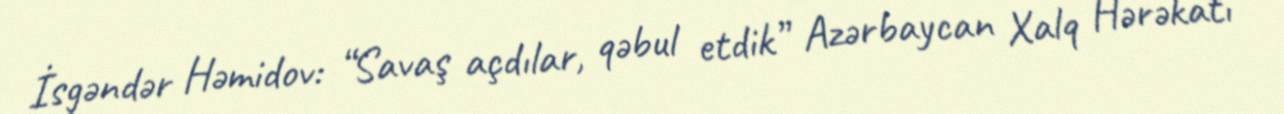
İsgəndər Həmidov: “Savaş açdılar, qəbul etdik” Azərbaycan Xalq Hərəkatı